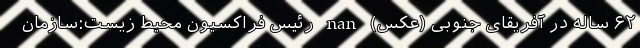
۶۲ ساله در آفریقای جنوبی (عکس) nan رئیس فراکسیون محیط زیست:سازمان